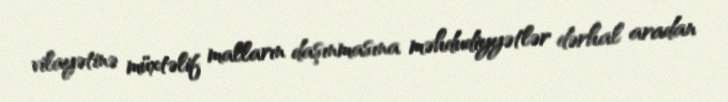
vilayətinə müxtəlif malların daşınmasına məhdudiyyətlər dərhal aradan